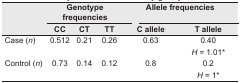
|  | <COLSPAN=3> Genotype frequencies | <COLSPAN=2> Allele frequencies |
 |  | CC | CT | TT | C allele | T allele |
 | --- | --- | --- | --- | --- | --- |
 | Case (n) | 0.512 | 0.21 | 0.26 | 0.63 | 0.40 |
 |  |  |  |  |  | H = 1.01* |
 | Control (n) | 0.73 | 0.14 | 0.12 | 0.8 | 0.2 |
 |  |  |  |  |  | H = 1* |